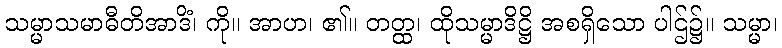
သမ္မာသမာဓီတိအာဒိံ၊ ကို။ အာဟ၊ ၏။ တတ္ထ၊ ထိုသမ္မာဒိဋ္ဌိ အစရှိသော ပါဌ်၌။ သမ္မာ၊